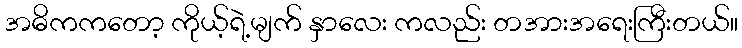
အဓိကကတော့ ကိုယ့်ရဲ့မျက် နှာလေး ကလည်း တအားအရေးကြီးတယ်။